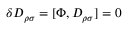
\delta D _ { \rho \sigma } = [ \Phi , D _ { \rho \sigma } ] = 0